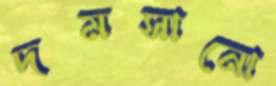
দমসানো